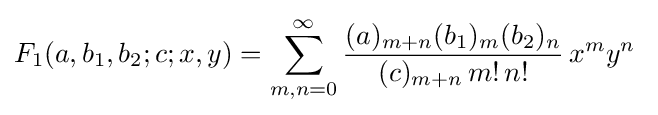
F_{1}(a,b_{1},b_{2};c;x,y)=\sum _{m,n=0}^{\infty }{\frac {(a)_{m+n}(b_{1})_{m}(b_{2})_{n}}{(c)_{m+n}\,m!\,n!}}\,x^{m}y^{n}~